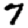
Digit: 7